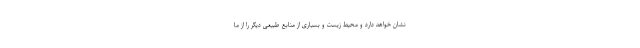
نشان خواهد دارد و محیط زیست و بسیاری از منابع طبیعی دیگر را از ما